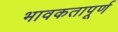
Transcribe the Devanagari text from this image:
भावकतापूर्ण